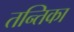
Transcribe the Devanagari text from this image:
तन्तिका